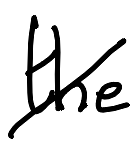
Text: the
Cross-out: diagonal
Writing tool: digital_black